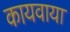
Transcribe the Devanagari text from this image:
कायवाया